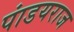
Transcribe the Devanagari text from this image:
पांडयराज